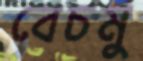
বেচমু